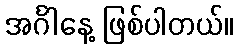
အင်္ဂါနေ့ ဖြစ်ပါတယ်။